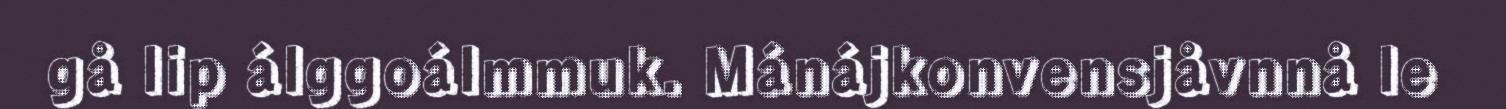
gå lip álggoálmmuk. Mánájkonvensjåvnnå le